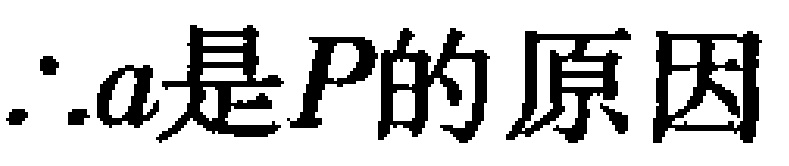
\(\therefore a是P的原因\)